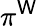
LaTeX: \pi^{\mathsf{W}}